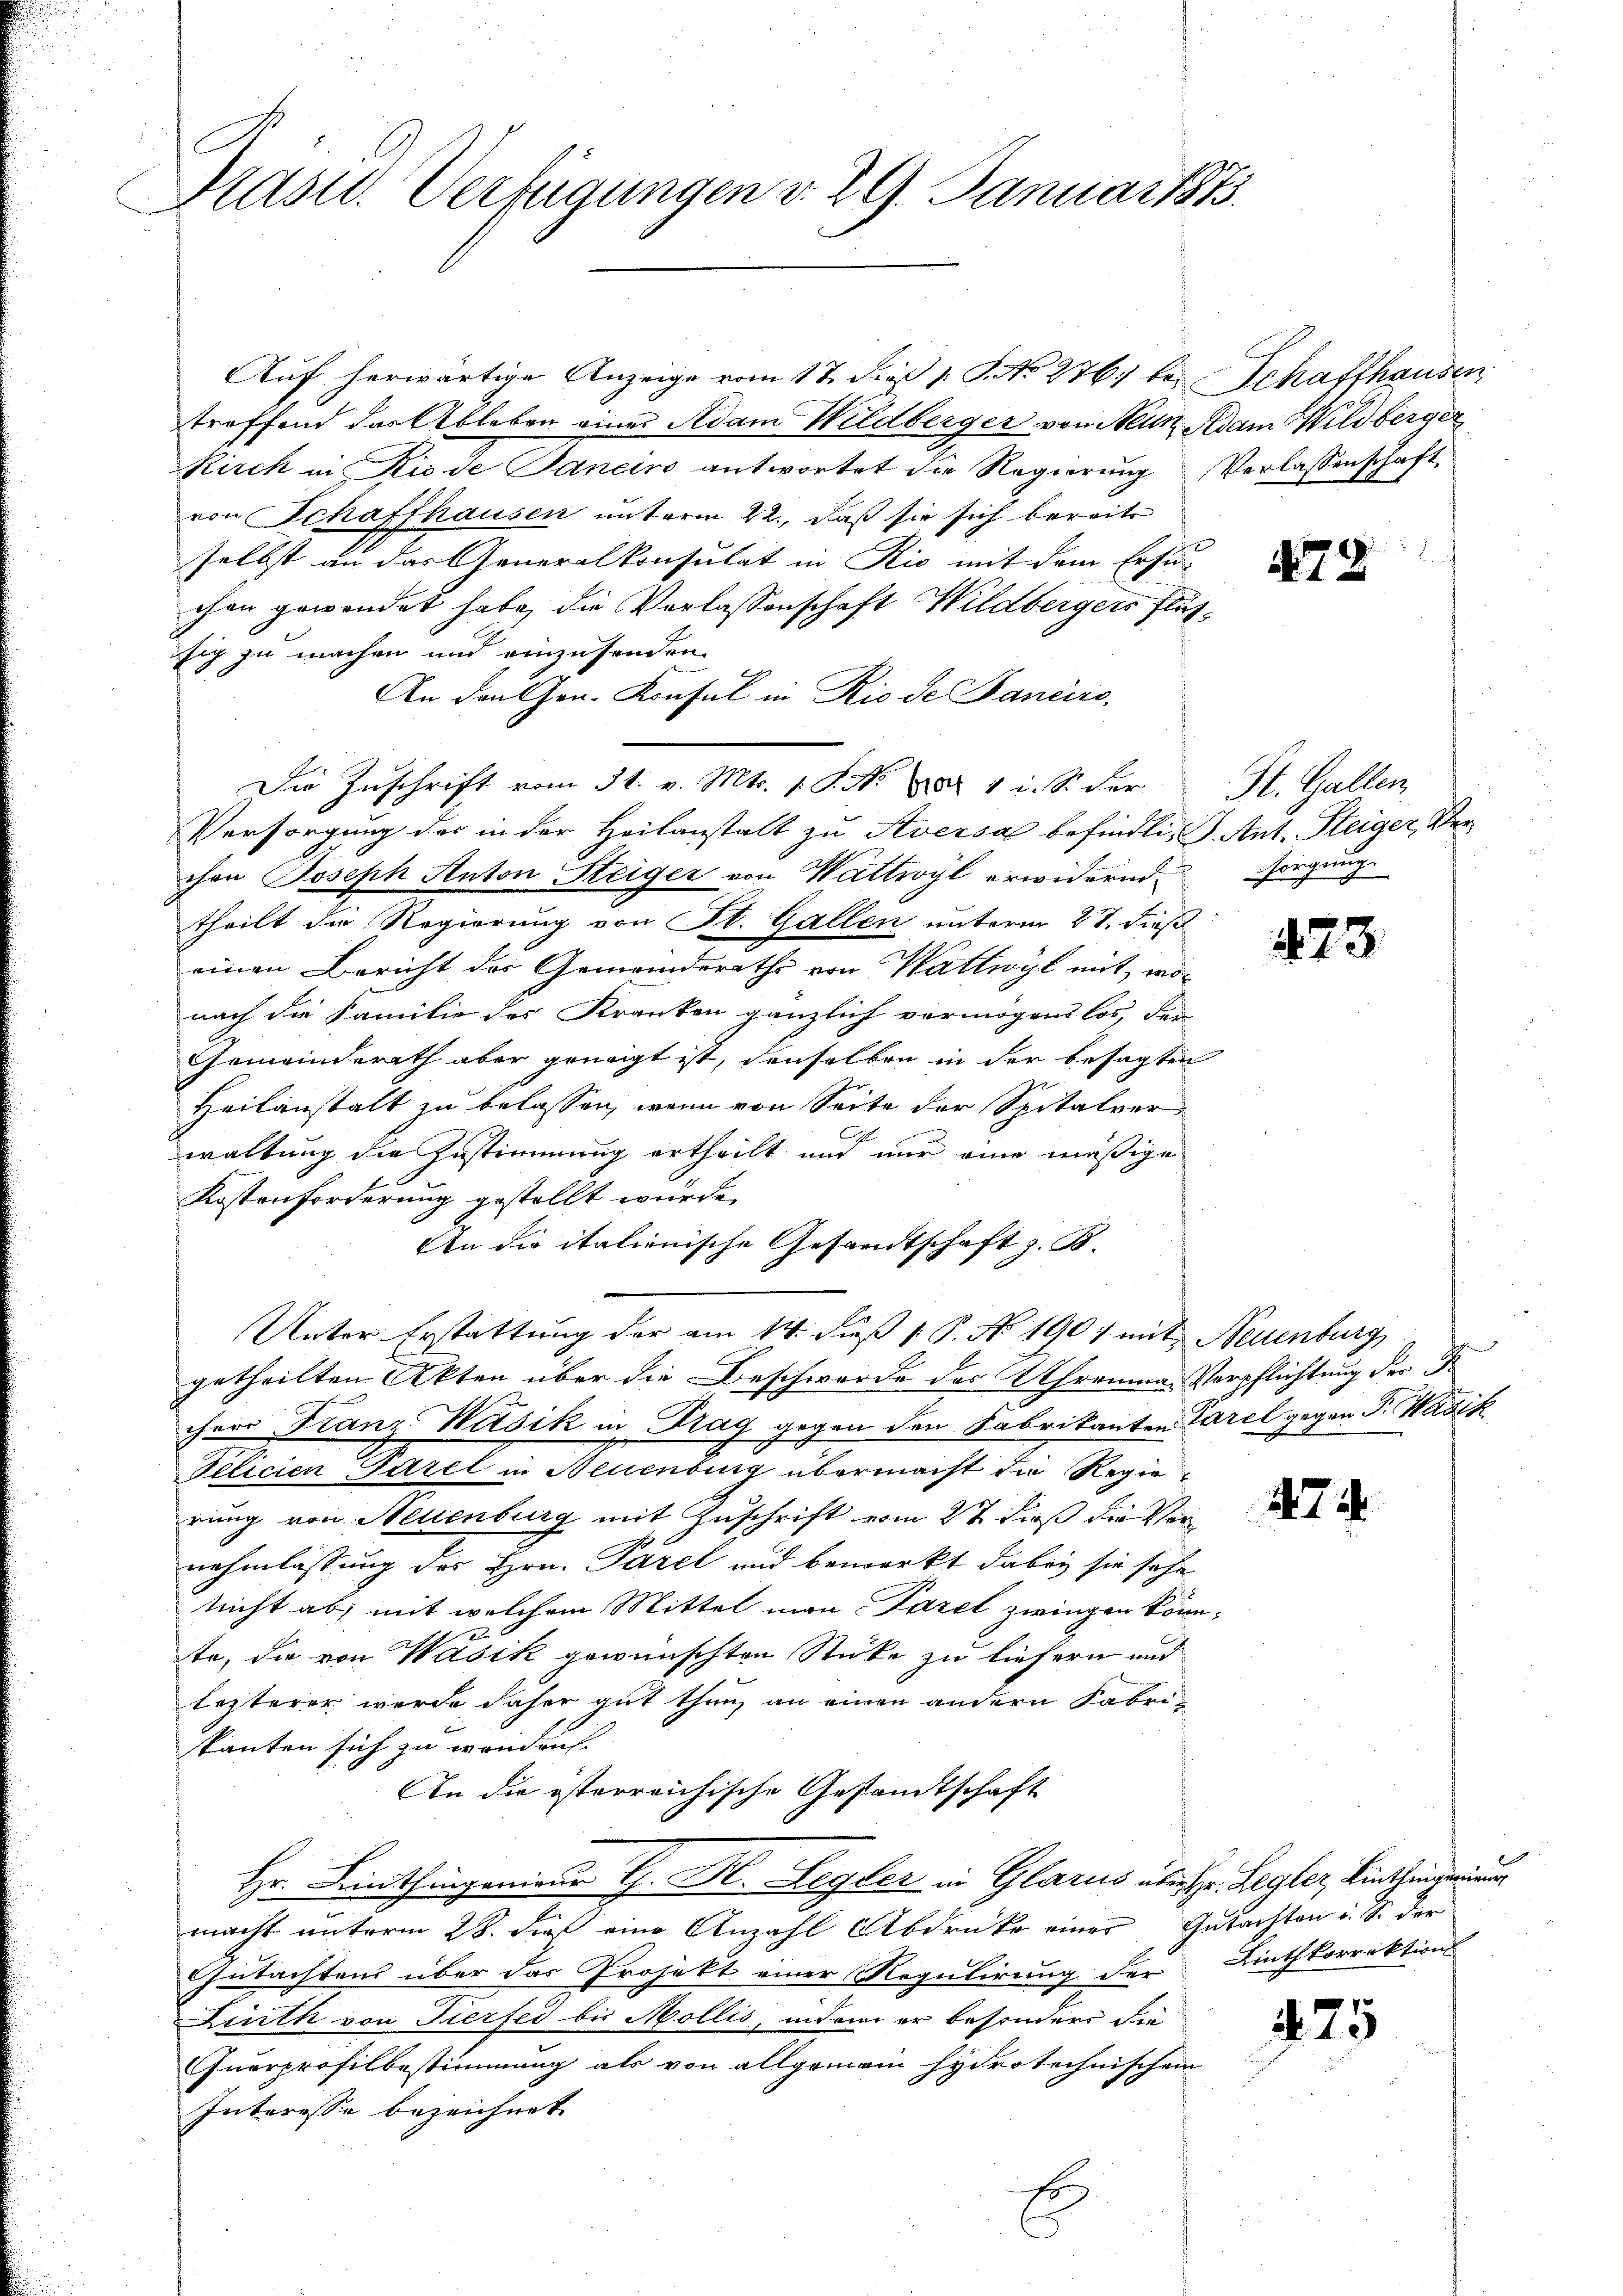
Präsid. Verfügungen v. 29. Januar 1873.

Auf herwärtige Anzeige vom 17. dieß 1 S. No 276. bei Schaffhausen
treffend der Ableben einer Adam Wildberger von Neun Adam Wildberger
Rirch in Rio de Saneiro antwortet die Regierung Verlassenschaft
von Schaffhausen unterm 22., daß sie sich bereits
selbst an das Generalkonsulat in Rio mit dem Ersu-
chen gewendet habe, die Verlassenschaft Wildbergers flüchsig zu machen und einzusenden.
An den Hrn. Konsul in Rio de Bancire,
Die Zuschrift vom 31. v. Mts. 1. P. Nr. 1881 i. S. der
Versorgung des in der Heilanstalt zu Aversa befindli J. Ant. Steiger Ver-
chen Joseph Anton Steiger von Wattwyl erwidernd.
theilt die Regierung von St. Gallen unterm 27. dieß
einen Bericht der Gemeinderaths von Wattwyl mit, wonach die Familie des Kranken gänzlich vermögens los, der
Gemeinderath aber geneigt ist, denselben in der besagten
Heilanstalt zu belassen, wenn von Seite der Spitalver
waltung die Zustimmung ertheilt und nur eine mäßige
Kostenforderung gestellt wurde.
An die italienische Gesandtschaft z. B.
Unter Erstattung der am 14. dieß P. No 1901 mit Neuenburg
getheilten Akten über die Beschwerde des Khrauma, Verpflichtung der Fr
chere Franz Wusik in Prag gegen den Fabrikanten Parel gegen F. Habik
Felicien Garel in Neuenburg übermacht die Regierung von Mellenburg mit Zuschrift vom 2t dieß die Vernehmlassung des Hrn. Parel und bemerkt dabei sie sehe
nricht ab, mit welchem Mittel man Pazel zwingen könnte, die von Wasik gewünschten Stücke zu liefern und
lezterer wurde daher gut thun, an einen andern Fabristanten sich zu worden.
An die österreichische Gestandtschaft
Hr. Linthingenieur H. H. Regler in Glarus über sr. Legler, Lintheizeri
macht unterm 28. dieß eine Anzahl Abdrucke einer Gutachten u. S. der
Gutachtens über das Projekt einer Regulirung der Linthkorrektions
Linth von Tierfed bis Mollis, indem er besonders die
Querprofilbestimmung als von allgemein hydrotechnischen
Interesse bezeichnet.

472

St. Gallen.
sorgung.

473.

274

425